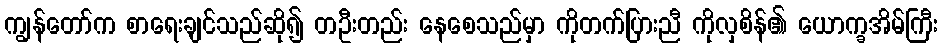
ကျွန်တော်က စာရေးချင်သည်ဆို၍ တဦးတည်း နေစေသည်မှာ ကိုတက်ပြားညီ ကိုလှစိန်၏ ယောက္ခအိမ်ကြီး